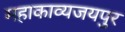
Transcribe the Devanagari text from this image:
महाकाव्यजयपुर